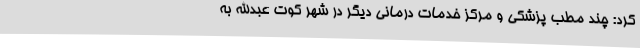
کرد: چند مطب پزشکی و مرکز خدمات درمانی دیگر در شهر کوت عبدالله به